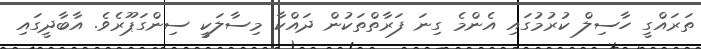
ތަރައްގީ ހާސިލް ކުރުމުގައި އެންމެ ގިނަ ފަރާތްތަކުން ދައްކާ މިސާލަކީ ސިންގަޕޫރެވެ. އާބާދީގައި